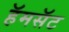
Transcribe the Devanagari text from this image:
हॅमसॅट